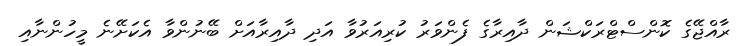
ރާއްޖޭގެ ކޮންސްޓްރަކްޝަން ދާއިރާގެ ފެންވަރު ކުރިއަރުވާ އަދި ދާއިރާއަށް ބޭނުންވާ އެކަށޭނެ މީހުންނާއި